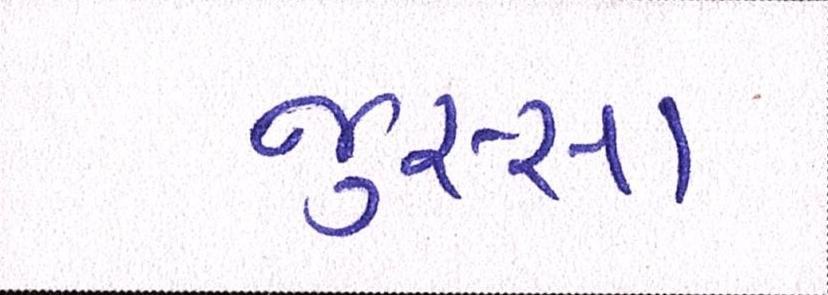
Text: જુસ્સા